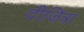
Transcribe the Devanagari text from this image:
दीजित्रा